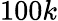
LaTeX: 100k